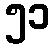
၅၁